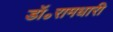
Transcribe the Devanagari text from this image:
डॉ॰रामधारी